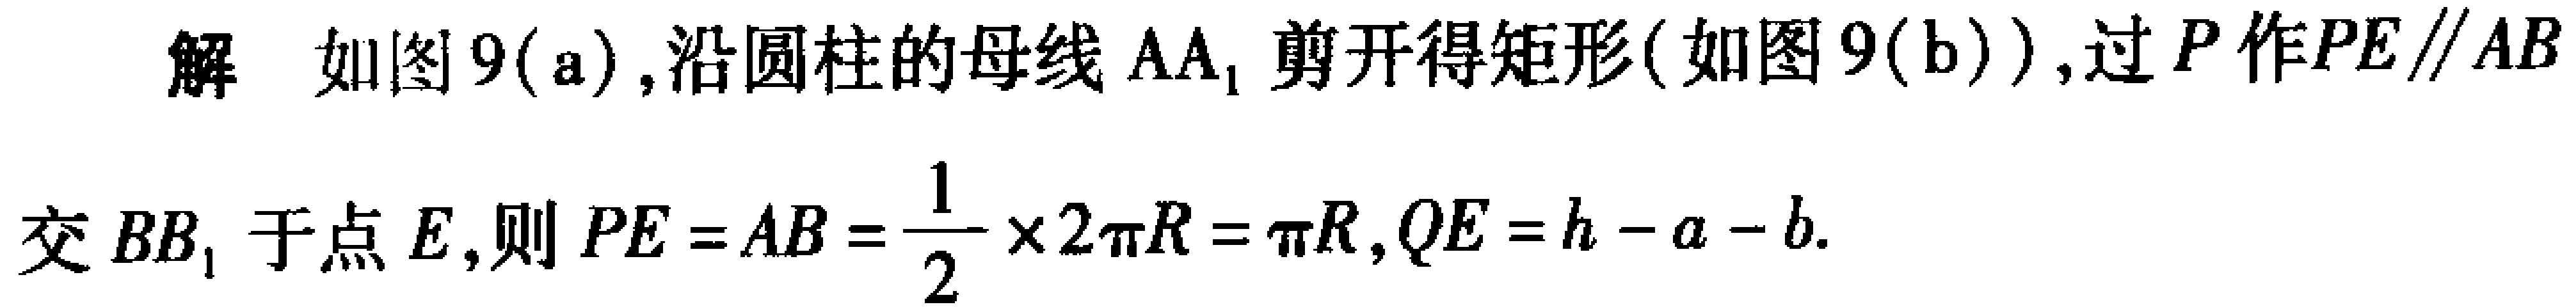
解 如图9(a),沿圆柱的母线 \(AA_{1}\) 剪开得矩形(如图9(b)),过 \(P\) 作 \(PE\parallel AB\) 交 \(BB_{1}\) 于点 \(E\),则 \(PE = AB=\frac{1}{2}\times2\pi R=\pi R\), \(QE = h - a - b\).